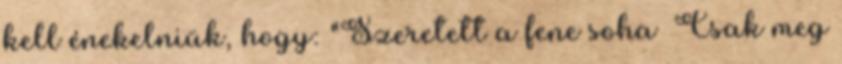
kell énekelniük, hogy: "Szeretett a fene soha Csak meg